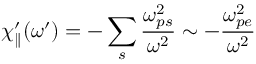
\chi _ { \parallel } ^ { \prime } ( \omega ^ { \prime } ) = - \sum _ { s } \frac { \omega _ { p s } ^ { 2 } } { \omega ^ { 2 } } \sim - \frac { \omega _ { p e } ^ { 2 } } { \omega ^ { 2 } }